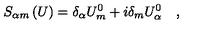
S _ { \alpha m } \left( U \right) = \delta _ { \alpha } U _ { m } ^ { 0 } + i \delta _ { m } U _ { \alpha } ^ { 0 } \quad ,